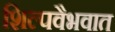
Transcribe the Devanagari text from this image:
शिल्पवैभवात